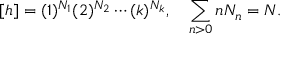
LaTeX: [ h ] = ( 1 ) ^ { N _ { 1 } } ( 2 ) ^ { N _ { 2 } } \cdots ( k ) ^ { N _ { k } } , \quad \sum _ { n > 0 } n N _ { n } = N .